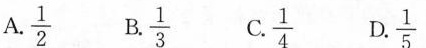
A. \frac{1}{2} B. \frac{1}{3} C.\frac{1}{4} D.\frac{1}{5}